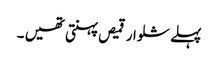
پہلے شلوار قمیص پہنتی تھیں ۔